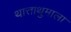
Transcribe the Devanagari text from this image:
थात्ताथुमाला